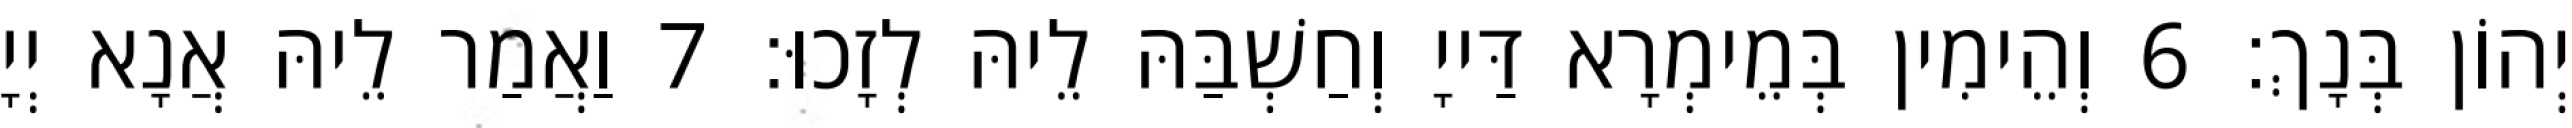
יְהוֹן בְּנָךְ׃ 6 וְהֵימִין בְּמֵימְרָא דַּייָ וְחַשְׁבַּהּ לֵיהּ לְזָכוּ׃ 7 וַאֲמַר לֵיהּ אֲנָא יְיָ